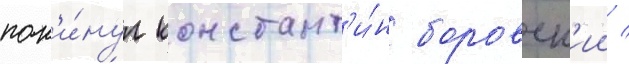
пок'и́нул констант'и́н боровск'ии /